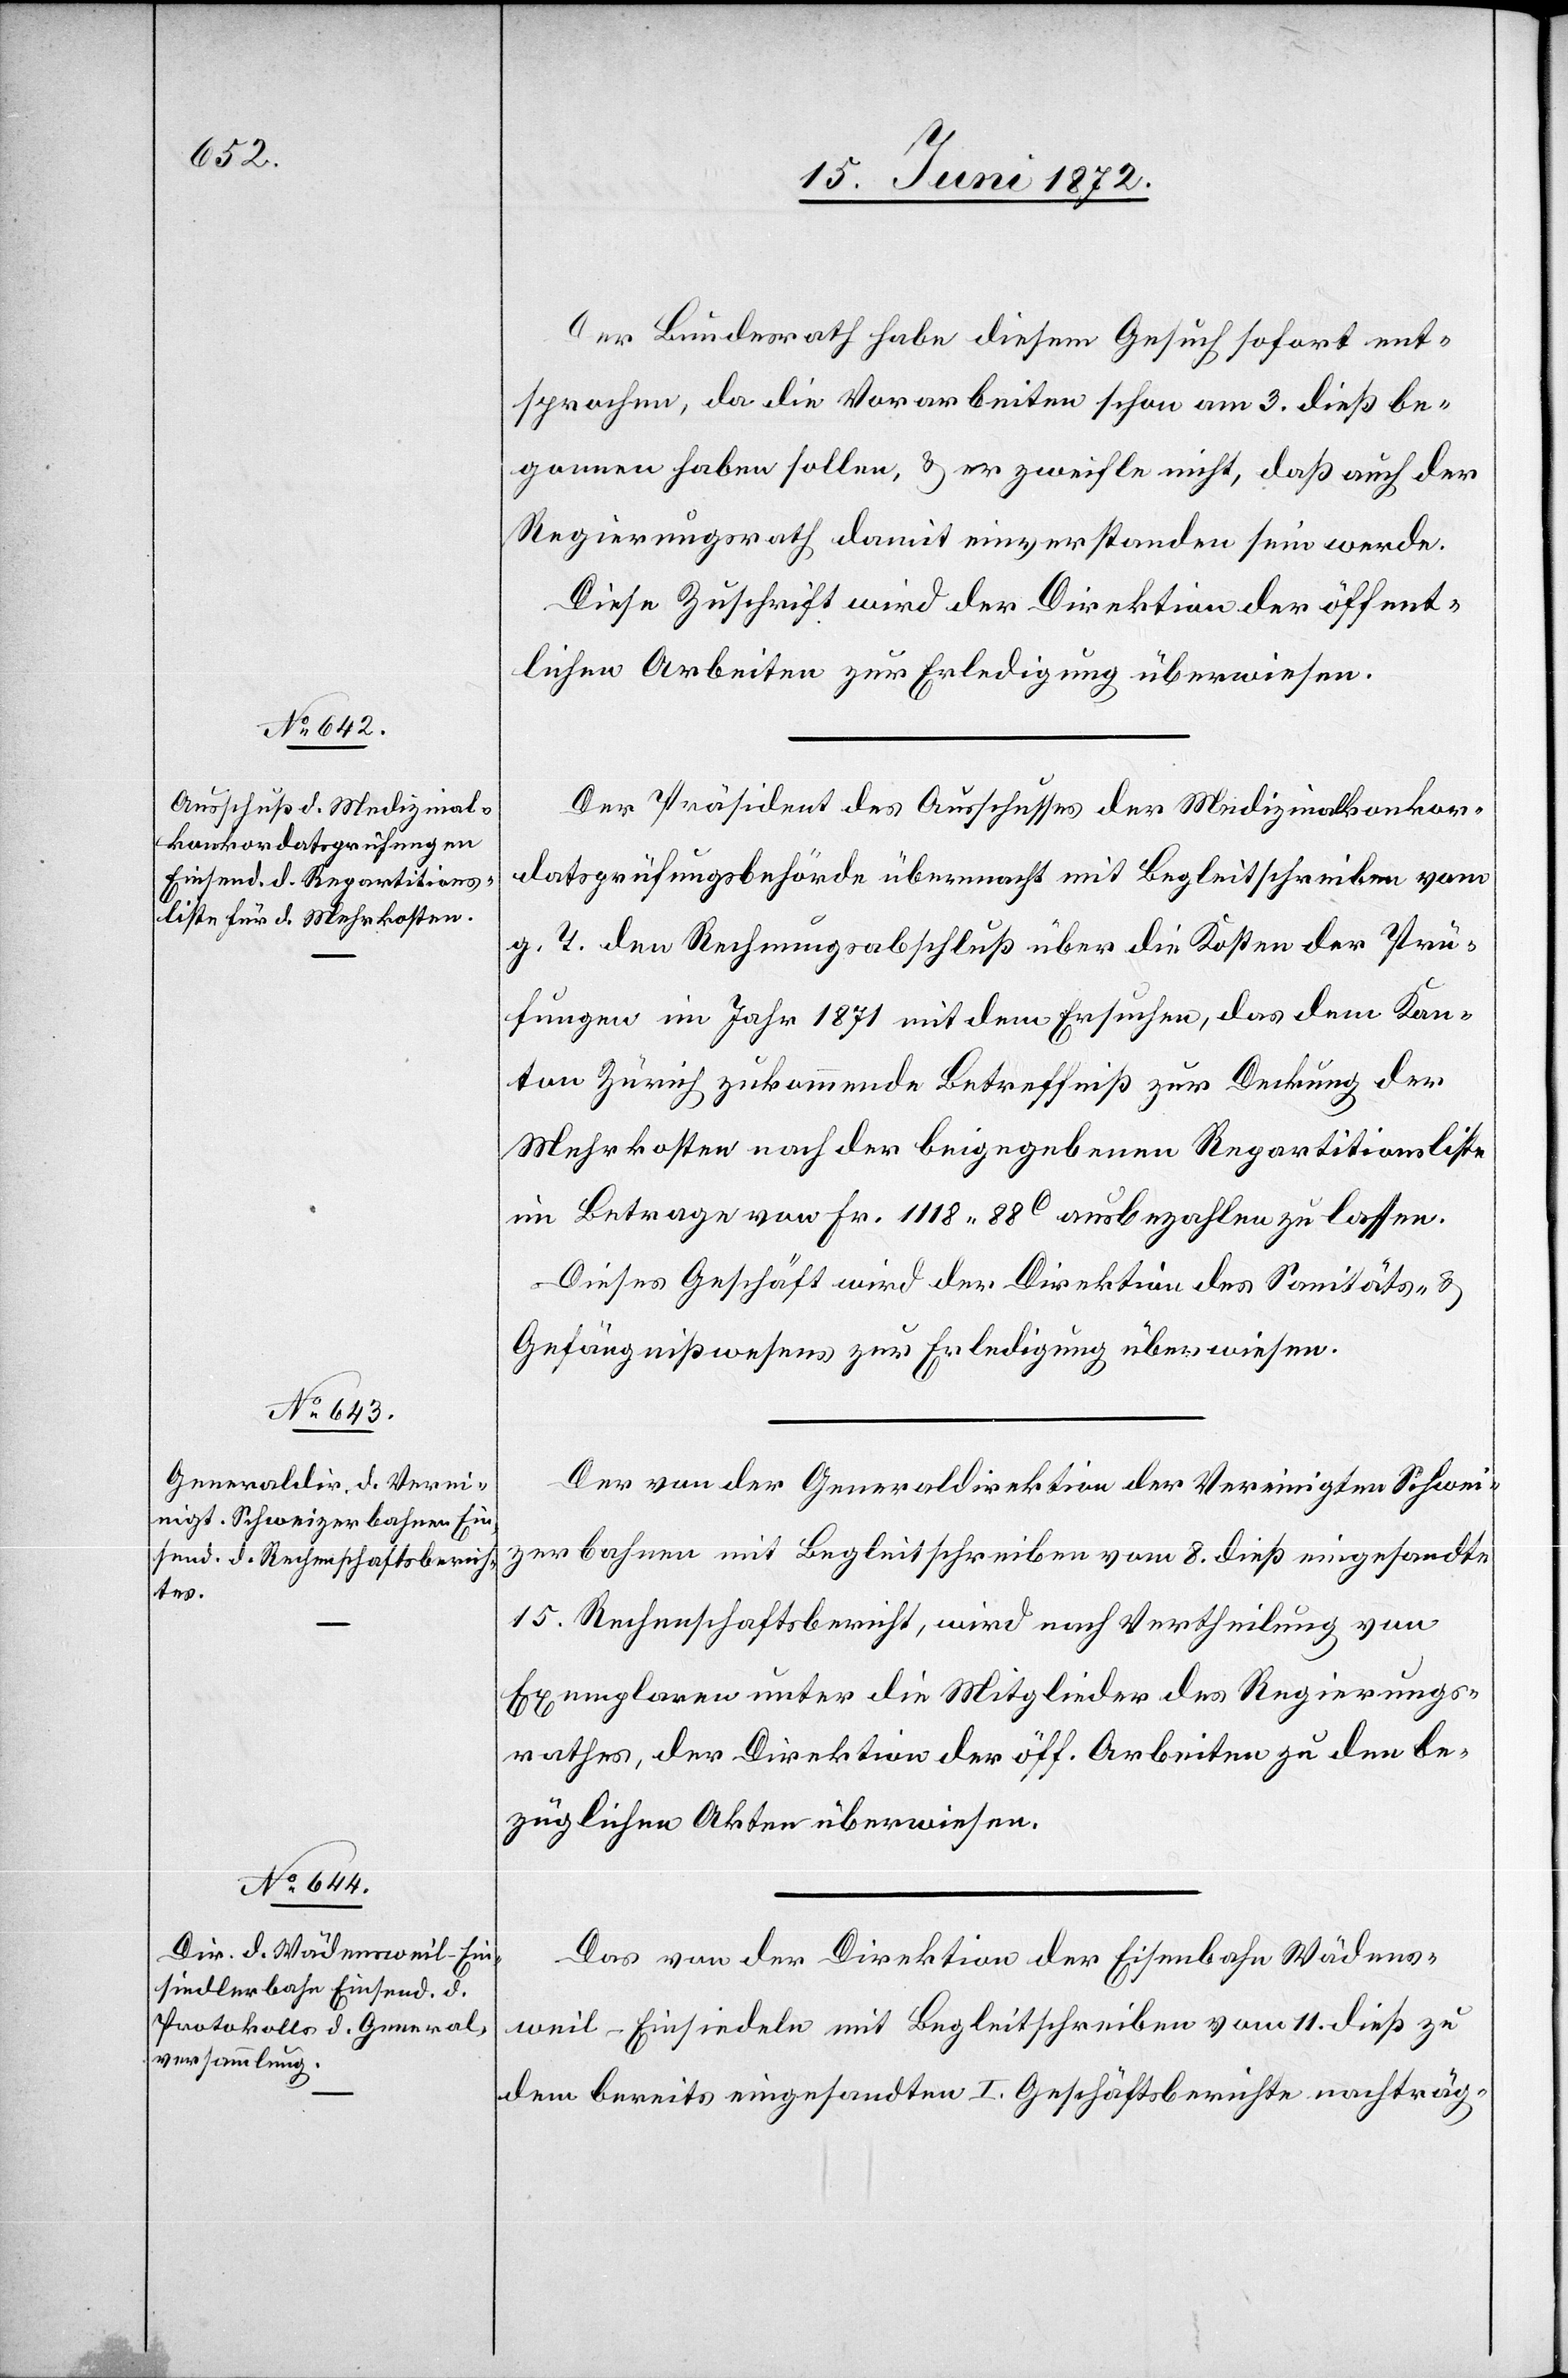
Der Bundesrath habe diesem Gesuch sofort ent¬
sprochen, da die Vorarbeiten schon am 3. dieß be¬
gonnen haben sollen, u. er zweifle nicht, daß auch der
Regierungsrath damit einverstanden sein werde.
Diese Zuschrift wird der Direktion der öffent¬
lichen Arbeiten zur Erledigung überwiesen.
Der Präsident des Ausschusses der Medizinalkonkor¬
datsprüfungsbehörde übermacht mit Begleitschreiben vom
g. T. den Rechnungsabschluß über die Kosten der Prü¬
fungen im Jahr 1871 mit dem Ersuchen, das dem Kan¬
ton Zürich zukommende Betreffniß zur Deckung der
Mehrkosten nach der beigegebenen Repartitionsliste
im Betrage von Fr. 1118 88C ausbezahlen zu lassen.
Dieses Geschäft wird der Direktion des Sanitäts- u.
Gefängnißwesens zur Erledigung überwiesen.
Der von der Generaldirektion der Vereinigten Schwei¬
zerbahnen mit Begleitschreiben vom 8. dieß eingesandte
15. Rechenschaftsbericht, wird nach Vertheilung von
Exemplaren unter die Mitglieder des Regierungs¬
rathes, der Direktion der öff. Arbeiten zu den be¬
züglichen Akten überwiesen.
Das von der Direktion der Eisenbahn Wädens¬
weil–Einsiedeln mit Begleitschreiben vom 11. dieß zu
dem bereits eingesandten I. Geschäftsberichte nachträg-